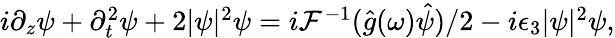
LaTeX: \begin{array}{r}{i\partial_{z}\psi+\partial_{t}^{2}\psi+2|\psi|^{2}\psi=i{\cal F}^{-1}(\hat{g}(\omega)\hat{\psi})/2-i\epsilon_{3}|\psi|^{2}\psi,}\end{array}